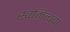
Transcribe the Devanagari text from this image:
स्वमित्ववा